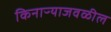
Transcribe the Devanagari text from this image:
किनाऱ्‍याजवळील